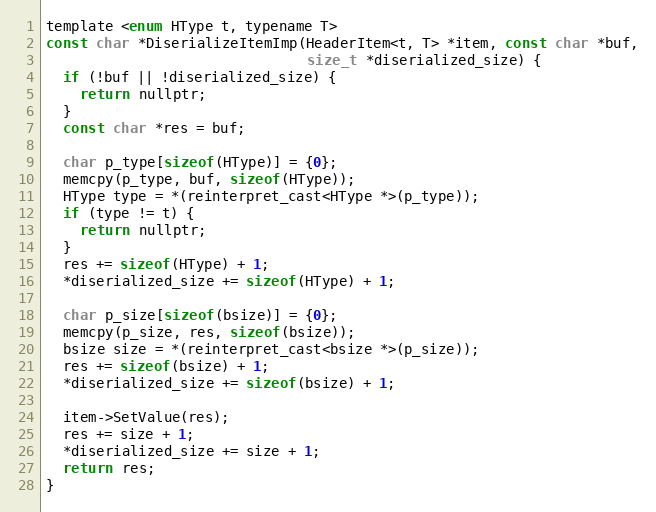
Language: C
template <enum HType t, typename T>
const char *DiserializeItemImp(HeaderItem<t, T> *item, const char *buf,
                               size_t *diserialized_size) {
  if (!buf || !diserialized_size) {
    return nullptr;
  }
  const char *res = buf;

  char p_type[sizeof(HType)] = {0};
  memcpy(p_type, buf, sizeof(HType));
  HType type = *(reinterpret_cast<HType *>(p_type));
  if (type != t) {
    return nullptr;
  }
  res += sizeof(HType) + 1;
  *diserialized_size += sizeof(HType) + 1;

  char p_size[sizeof(bsize)] = {0};
  memcpy(p_size, res, sizeof(bsize));
  bsize size = *(reinterpret_cast<bsize *>(p_size));
  res += sizeof(bsize) + 1;
  *diserialized_size += sizeof(bsize) + 1;

  item->SetValue(res);
  res += size + 1;
  *diserialized_size += size + 1;
  return res;
}